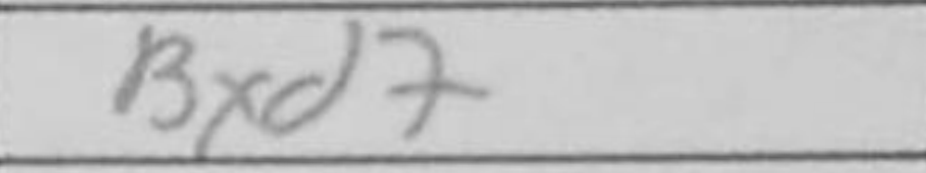
Transcription: Bxd7